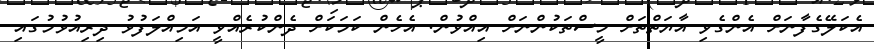
އެކަލޭގެފާނަށް އެންގެވި އާޔަތްތަށް މީސްތަކުންނަށް އިއްވުން. އެހެން ކަމަކަށް ދެންކުރެއްވީ އަމިއްލަފުޅު ދިރިއުޅުމުގައި